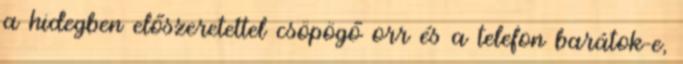
a hidegben előszeretettel csöpögő orr és a telefon barátok-e,